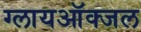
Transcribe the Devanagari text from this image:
ग्लायऑक्जल